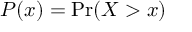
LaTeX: P ( x ) = \mathrm { P r } ( X > x )